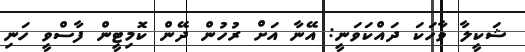
ޝަކީލާ ވާހަކަ ދައްކަވަނީ: އޭނާ އަށް ރުހުން ދޭން ކޮމިޓީން ފާސްވީ ހަނި